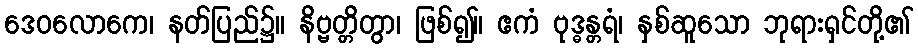
ဒေဝလောကေ၊ နတ်ပြည်၌။ နိဗ္ဗတ္တိတွာ၊ ဖြစ်၍။ ဧကံ ဗုဒ္ဓန္တရံ၊ နှစ်ဆူသော ဘုရားရှင်တို့၏